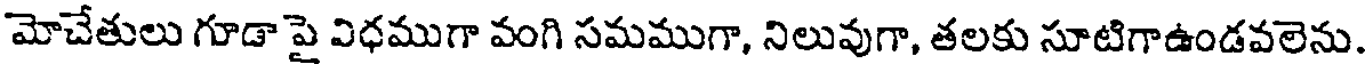
మోచేతులు గూడా పై విధముగా వంగి సమముగా, నిలువుగా, తలకు సూటిగాఉండవలెను.